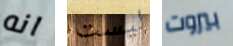
انه ليست بيروت